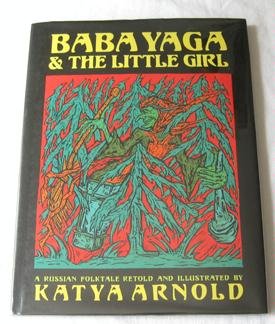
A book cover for Baba Yaga & the Little Girl; Katya Arnold; Children's Books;